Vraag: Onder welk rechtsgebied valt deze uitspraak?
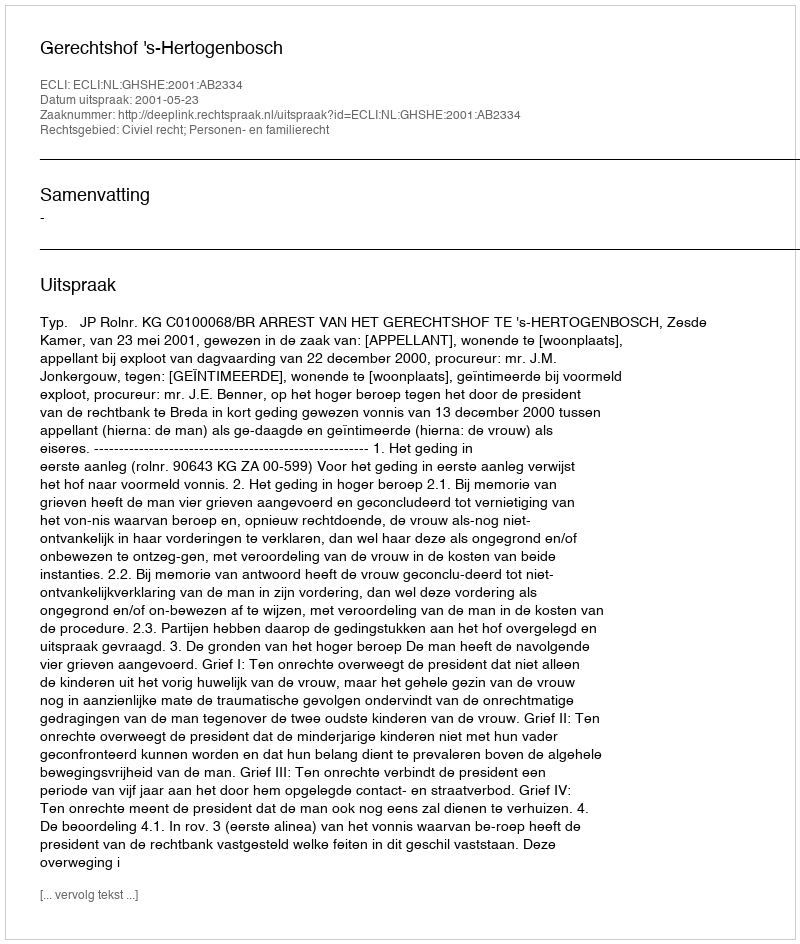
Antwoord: Civiel recht; Personen- en familierecht